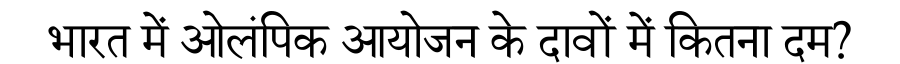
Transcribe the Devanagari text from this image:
भारत में ओलंपिक आयोजन के दावों में कितना दम?